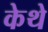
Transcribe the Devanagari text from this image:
केथे